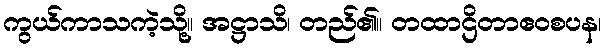
ကွယ်ကာသကဲ့သို့။ အဋ္ဌာသိ၊ တည်၏။ တထာဌိတာဧဝစပန၊